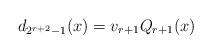
LaTeX: \begin{align*}d_{2^{r+2}-1}(x)=v_{r+1} Q_{r+1}(x)\end{align*}